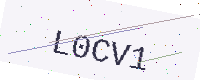
Text: L0CV1